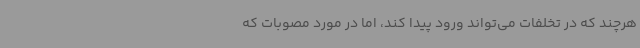
هرچند که در تخلفات می‌تواند ورود پیدا کند، اما در مورد مصوبات که